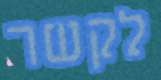
לקשר